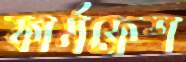
ফার্মফ্রেশ